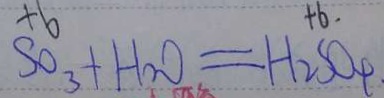
S O _ { 3 } + H _ { 2 } O = H _ { 2 } S O _ { 4 }